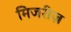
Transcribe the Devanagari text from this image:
मिजरीज़